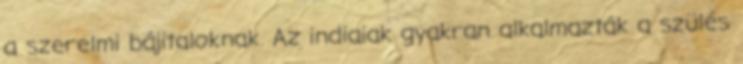
a szerelmi bájitaloknak. Az indiaiak gyakran alkalmazták a szülés